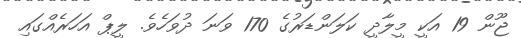
ޖޫން 19 އަކީ މީލާދީ ކަލަންޑަރުގެ 170 ވަނަ ދުވަހެވެ. ލީޕް އަހަރެއްގައި